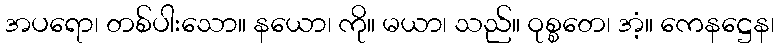
အပရော၊ တစ်ပါးသော။ နယော၊ ကို။ မယာ၊ သည်။ ဝုစ္စတေ၊ အံ့။ ကေနဋ္ဌေန၊